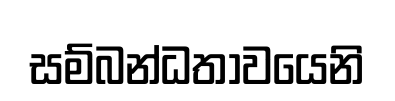
සම්බන්ධතාවයෙනි